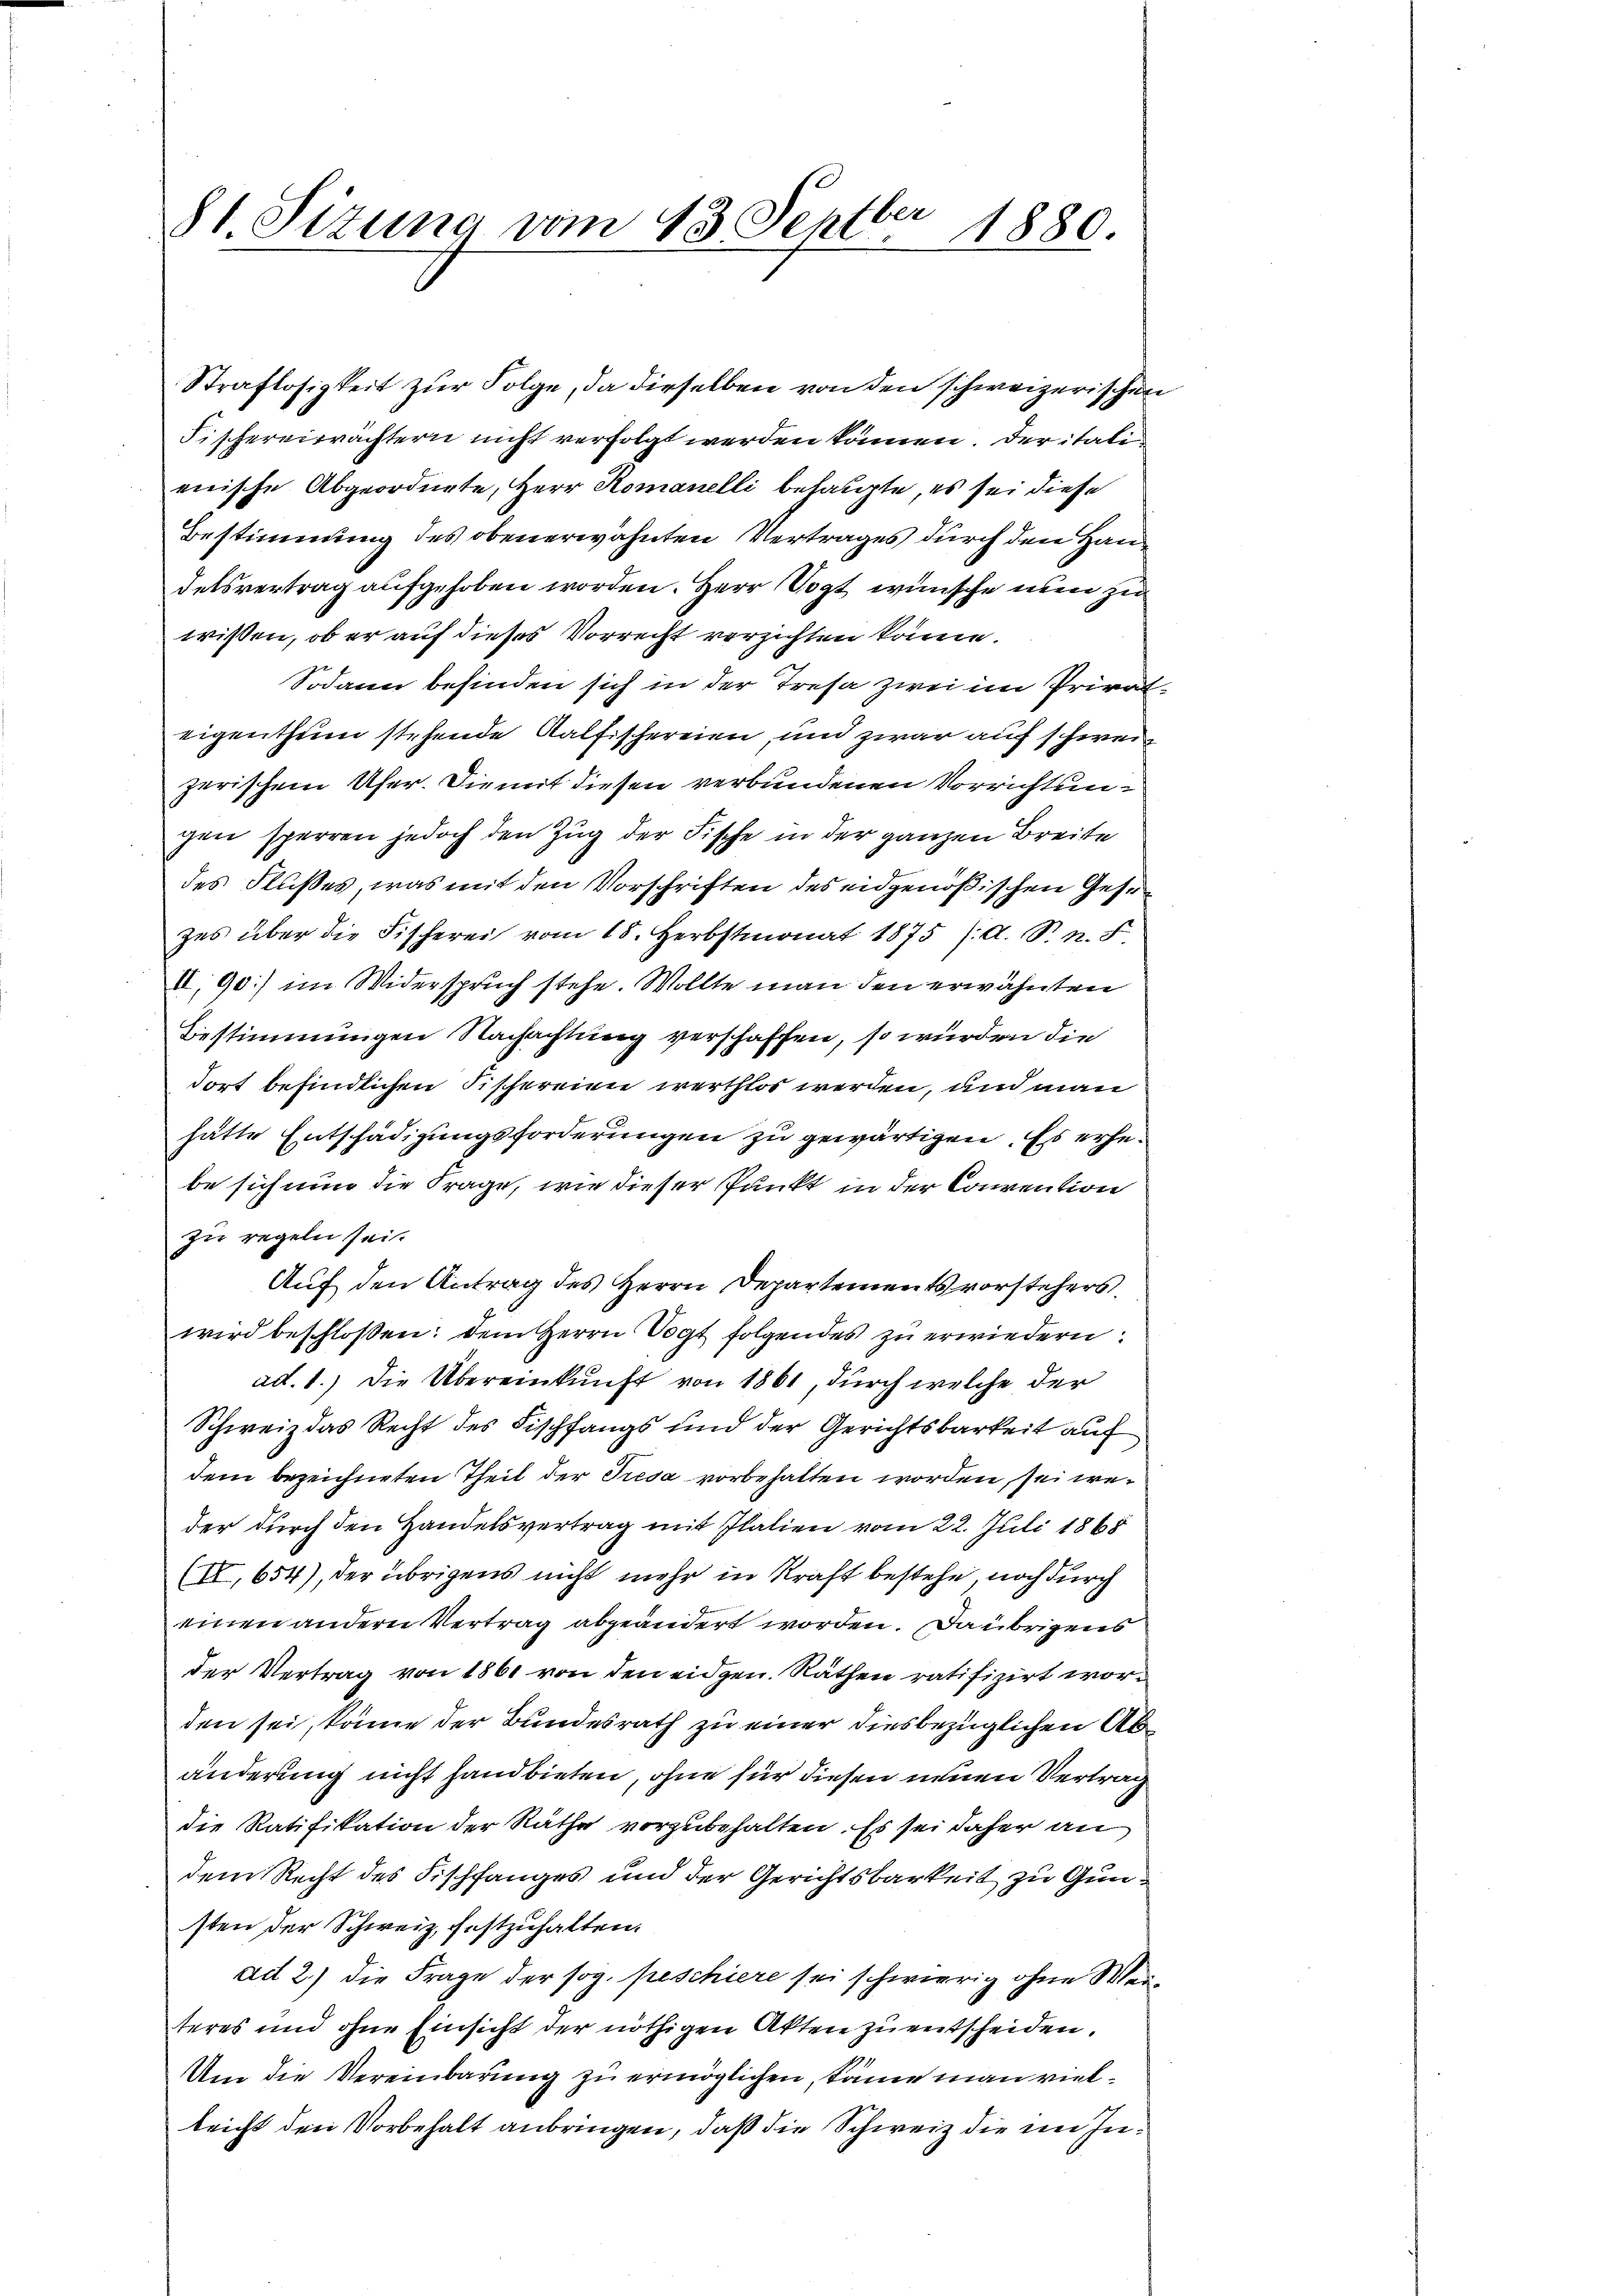
81 Sizung vom 13. Septbr 1880.

Straflosigkeit zur Folge, da dieselben von den schweizerischen
Fischereiträchtern nicht verfolgt werden können. Der italienische Abgeordnete, Herr Romanelli behaupte, es sei diese
Bestimmung des obenerwähnten Vertrages durch den Hande
delsvertrag aufgehoben worden. Herr Vogt wünsche nun zu
wissen, ob er auf dieses Vorrecht verzichten könne.
Sodann befinden sich in der Tresa zwei im Privateigenthum stehende Kalfischereien, und zwar auf schweizerischem Ufer. Die mit diesen verbundenen Vorrichtungen sperren jedoch den Zug der Fische in der ganzen Breite
des Flußes, was mit den Vorschriften des eidgenößischen Gesezes über die Fischerei vom 18. Herbstmonat 1875 /d. S. n. F
II,90] im Widerspruch stehe. Wollte man den erwähnten
Bestimmungen Nachachtung verschaffen, so würden die
dort befindlichen Fischereien werthlos werden, und man
hätte Entschädigungsforderungen zu gewärtigen. Es erhebe sich nun die Frage, wie dieser Punkt in der Convention
zu regeln sei.
Auf den Antrag des Herrn Departementsvorstehers
wird beschloßen: dem Herrn Vogt folgendes zu erwiedern:
ad. 1.) Die Übereinkunft von 1861, durch welche der
Schweiz das Recht des Fischfangs und der Gerichtsbarkeit auf
dem bezeichneten Theil der Tresa vorbehalten worden, sei weder durch den Handelsvertrag mit Italien vom 22. Juli 1868
(II, 654), der übrigens nicht mehr in Kraft bestehe, noch durch
einen andern Vertrag abgeändert worden. Da übrigens
der Vertrag von 1861 von den eidgen. Räthen ratifizirt worden sei, könne der Bundesrath zu einer diesbezüglichen Abänderung nicht handbieten, ohne für diesen neuen Vertrag
die Ratifikation der Räthe vorzubehalten. Es sei daher an
dem Recht des Fischfanges und der Gerichtsbarkeit zu Gunsten der Schweiz festzuhalten.
ad 2.) die Frage der sog. peschiere sei schwierig ohne Weiteres und ohne Einsicht der nöthigen Akten zu entscheiden.
Um die Vereinbarung zu ermöglichen, käme man vielleicht den Vorbehalt anbringen, daß die Schweiz die im In¬